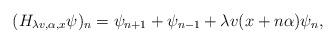
LaTeX: \begin{align*}(H_{\lambda v,\alpha,x}\psi)_{n}=\psi_{n+1}+\psi_{n-1}+ \lambda v(x+n\alpha)\psi_{n},\end{align*}